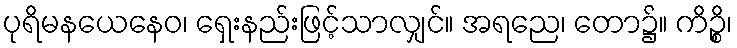
ပုရိမနယေနေဝ၊ ရှေးနည်းဖြင့်သာလျှင်။ အရညေ၊ တော၌။ ကိဉ္စိ၊